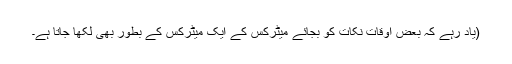
(یاد رہے کہ بعض اوقات نکات کو بجائے میٹرکس کے ایک میٹرکس کے بطور بھی لکھا جاتا ہے۔